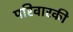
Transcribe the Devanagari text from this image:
परिवारकी